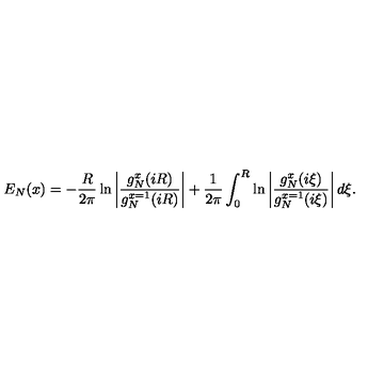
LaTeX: E _ { N } ( x ) = - { \frac { R } { 2 \pi } } \ln \left| { \frac { g _ { N } ^ { x } ( i R ) } { g _ { N } ^ { x = 1 } ( i R ) } } \right| + { \frac { 1 } { 2 \pi } } \int _ { 0 } ^ { R } \ln \left| { \frac { g _ { N } ^ { x } ( i \xi ) } { g _ { N } ^ { x = 1 } ( i \xi ) } } \right| d \xi .